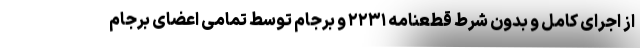
از اجرای کامل و بدون شرط قطعنامه ۲۲۳۱ و برجام توسط تمامی اعضای برجام